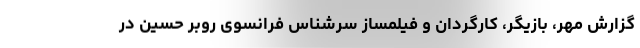
گزارش مهر، بازیگر، کارگردان و فیلمساز سرشناس فرانسوی روبر حسین در